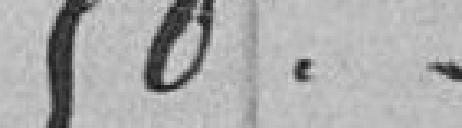
50